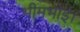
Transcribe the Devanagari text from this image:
भीमभोई।